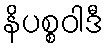
နိပစ္စဝါဒီ